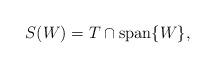
LaTeX: \begin{align*}S(W)=T\cap \mathrm{span}\{W\},\end{align*}